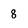
Character: 8